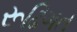
રૂઢિગત